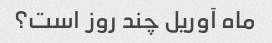
ماه آوریل چند روز است؟